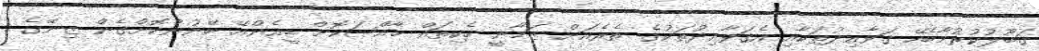
ޤަބޫލުކުރުމާބެހޭ ޤަވާޢިދުތަކާއި އެޤަވާޢިދުތަކުގެ ތެރެއަށް ޒަމާނީ ހެކިތައް ޚާއްޞަކޮށް ޑީއެންއޭ ބޭނުންކޮށްގެން ޒިނޭގެ